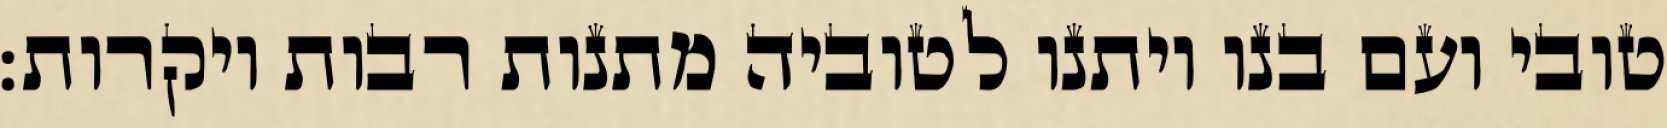
טובי ועם בנו ויתנו לטוביה מתנות רבות ויקרות: